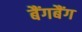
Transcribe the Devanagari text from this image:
बैंगबैंग